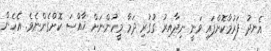
އެނދު ފަރުމާކޮށްފައި ވަނީ ނިދާއިރު ގުގުރި ދަމާ މީހުންނަށް ޚާއްސަ ކޮށްގެންނެވެ. އެހެން